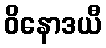
ဝိနောဒယီ